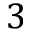
3